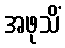
အဖုသိံ